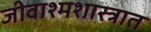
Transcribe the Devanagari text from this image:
जीवाश्मशास्त्रात